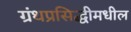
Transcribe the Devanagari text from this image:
ग्रंथप्रसिद्धीमधील